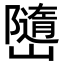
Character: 𭗱